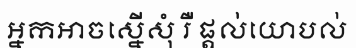
អ្នកអាចស្នើសុំ រឺ ផ្តល់យោបល់